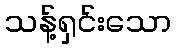
သန့်ရှင်းသော